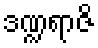
ဒဏ္ဍရာဇိ